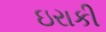
ઇરાકી